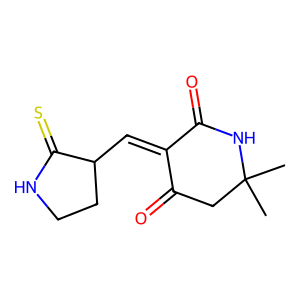
SMILES: CC1(C)CC(=O)C(=CC2CCNC2=S)C(=O)N1
Inhibits HIV replication: Yes